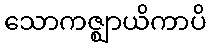
သောကဇ္ဈာယိကာပိ